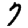
Digit: 7